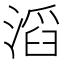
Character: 滔